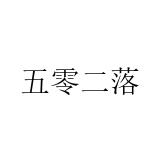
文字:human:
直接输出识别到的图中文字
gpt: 五零二落